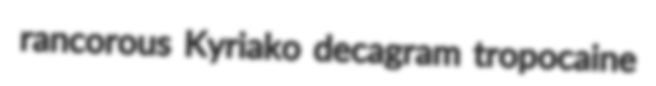
rancorous Kyriako decagram tropocaine